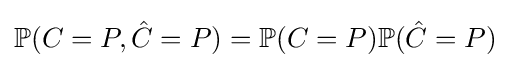
\mathbb {P} (C=P,{\hat {C}}=P)=\mathbb {P} (C=P)\mathbb {P} ({\hat {C}}=P)